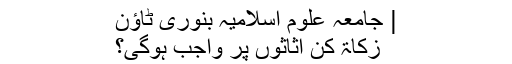
| جامعہ علوم اسلامیہ بنوری ٹاؤن
زکاۃ کن اثاثوں پر واجب ہوگی؟